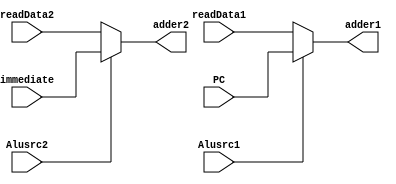
module muxRegtoAlu (
    input Alusrc1,Alusrc2,
    input [31:0]readData1,//from Register1
    input [31:0]PC,  
    input [31:0]readData2,//from Register2
    input [31:0]immediate,//from imm_generator
    output wire [31:0]adder1,
    output wire [31:0]adder2//to Alu
    
);
assign adder2=Alusrc2?immediate:readData2;
assign adder1=Alusrc1?PC:readData1;
endmodule //muxReg2Alu


/*Readme:
Alusrc1:choose readData1 and pc
Alusrc2:choose readData2 and Imm
adder1 adder2:input to ALU
*/